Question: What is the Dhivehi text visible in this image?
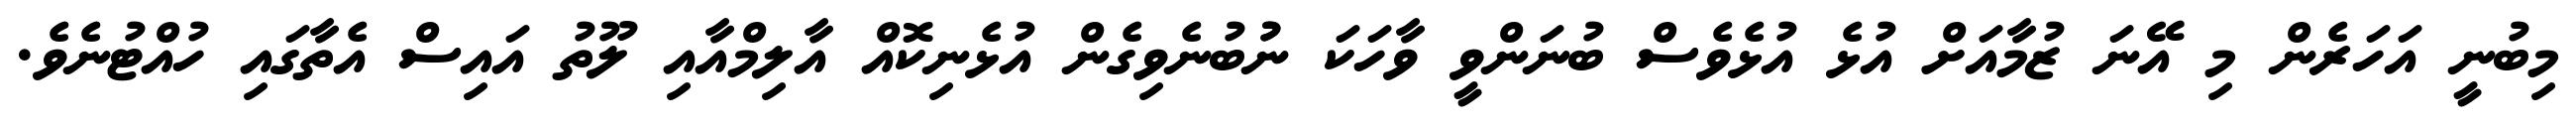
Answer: މިބުނީ އަހަރެން މި އޭނަ ޒުމާއަށް އުޅެ އުޅެވެސް ބުނަންވީ ވާހަކަ ނުުބުނެވިގެން އުޅެނިކޮއް އާލިމްއާއި ލޫތު އައިސް އެތާގައި ހުއްޓުނެވެ.